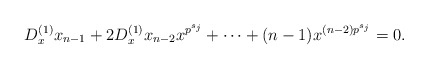
\begin{align*}D_x^{(1)}x_{n-1}+2D_x^{(1)}x_{n-2}x^{p^{s_j}}+\cdots+(n-1)x^{(n-2)p^{s_j}}=0.\end{align*}